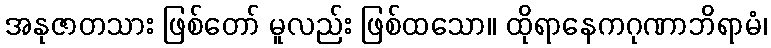
အနုဇာတသား ဖြစ်တော် မူလည်း ဖြစ်ထသော။ ထိုရာနေကဂုဏာဘိရာမံ၊